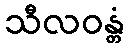
သီလဝန္တံ